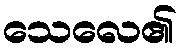
သေလေ၏